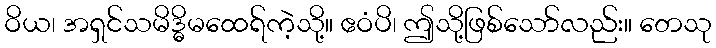
ဝိယ၊ အရှင်သမိဒ္ဓိမထေရ်ကဲ့သို့။ ဧဝံပိ၊ ဤသို့ဖြစ်သော်လည်း။ တေသု